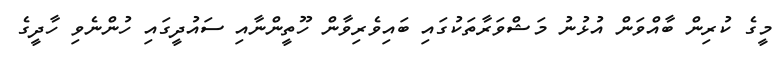
މީގެ ކުރިން ބާއްވަން އުޅުނު މަޝްވަރާތަކުގައި ބައިވެރިވާން ހޫތީންނާއި ސައުދީގައި ހުންނެވި ހާދީގެ